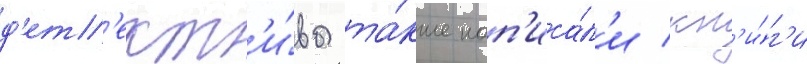
д'ет'ект'и́вы та́кже нап'иса́л'и кн'и́г'и